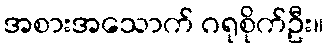
အစားအသောက် ဂရုစိုက်ဦး။